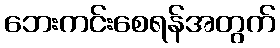
ဘေးကင်းစေရန်အတွက်